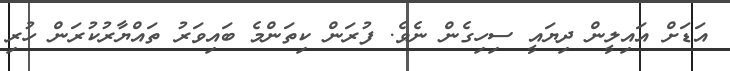
އަޑަށް އައިލީން ދިޔައީ ސިހިގެން ނެވެ. ފުރަން ކިތަންމެ ބައިވަރު ތައްޔާރުކުރަން ހުރި